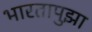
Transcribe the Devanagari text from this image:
भारतापुझा